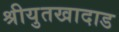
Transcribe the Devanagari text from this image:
श्रीयुतखादाड